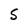
Character: S